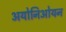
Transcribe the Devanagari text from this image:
अयोनिओयन